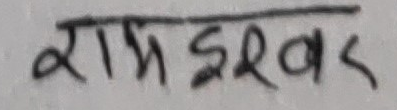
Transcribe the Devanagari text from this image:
रामइश्वर